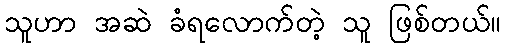
သူဟာ အဆဲ ခံရလောက်တဲ့ သူ ဖြစ်တယ်။